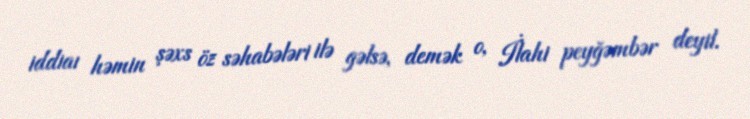
iddiaı həmin şəxs öz səhabələri ilə gəlsə, demək o, İlahi peyğəmbər deyil.